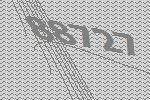
88727